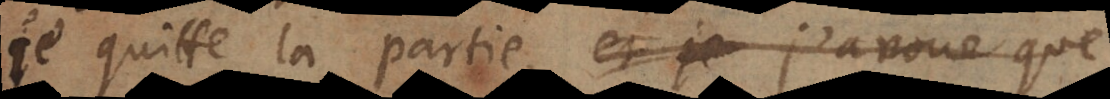
je quitte la partie, et je j’avoue que